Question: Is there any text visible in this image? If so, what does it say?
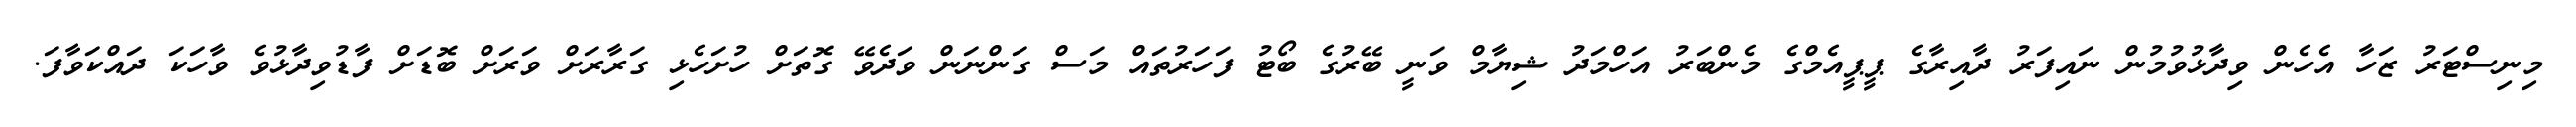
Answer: މިނިސްޓަރު ޒަހާ އެހެން ވިދާޅުވުމުން ނައިފަރު ދާއިރާގެ ޕީޕީއެމްގެ މެންބަރު އަހްމަދު ޝިޔާމް ވަނީ ބޭރުގެ ބޯޓު ފަހަރުތައް މަސް ގަންނަން ވަދެވޭ ގޮތަށް ހުށަހެޅި ގަރާރަށް ވަރަށް ބޮޑަށް ފާޑުވިދާޅުވެ ވާހަކަ ދައްކަވާފަ.